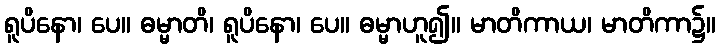
ရူပိနော၊ ပေ။ ဓမ္မာတိ၊ ရူပိနော၊ ပေ။ ဓမ္မာဟူ၍။ မာတိကာယ၊ မာတိကာ၌။